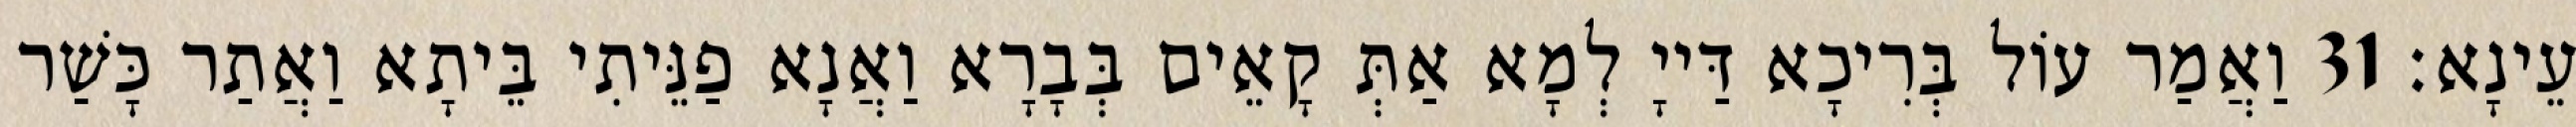
עֵינָא׃ 31 וַאֲמַר עוֹל בְּרִיכָא דַּייָ לְמָא אַתְּ קָאֵים בְּבָרָא וַאֲנָא פַנֵּיתִי בֵּיתָא וַאֲתַר כָּשַׁר